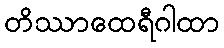
တိဿာထေရီဂါထာ